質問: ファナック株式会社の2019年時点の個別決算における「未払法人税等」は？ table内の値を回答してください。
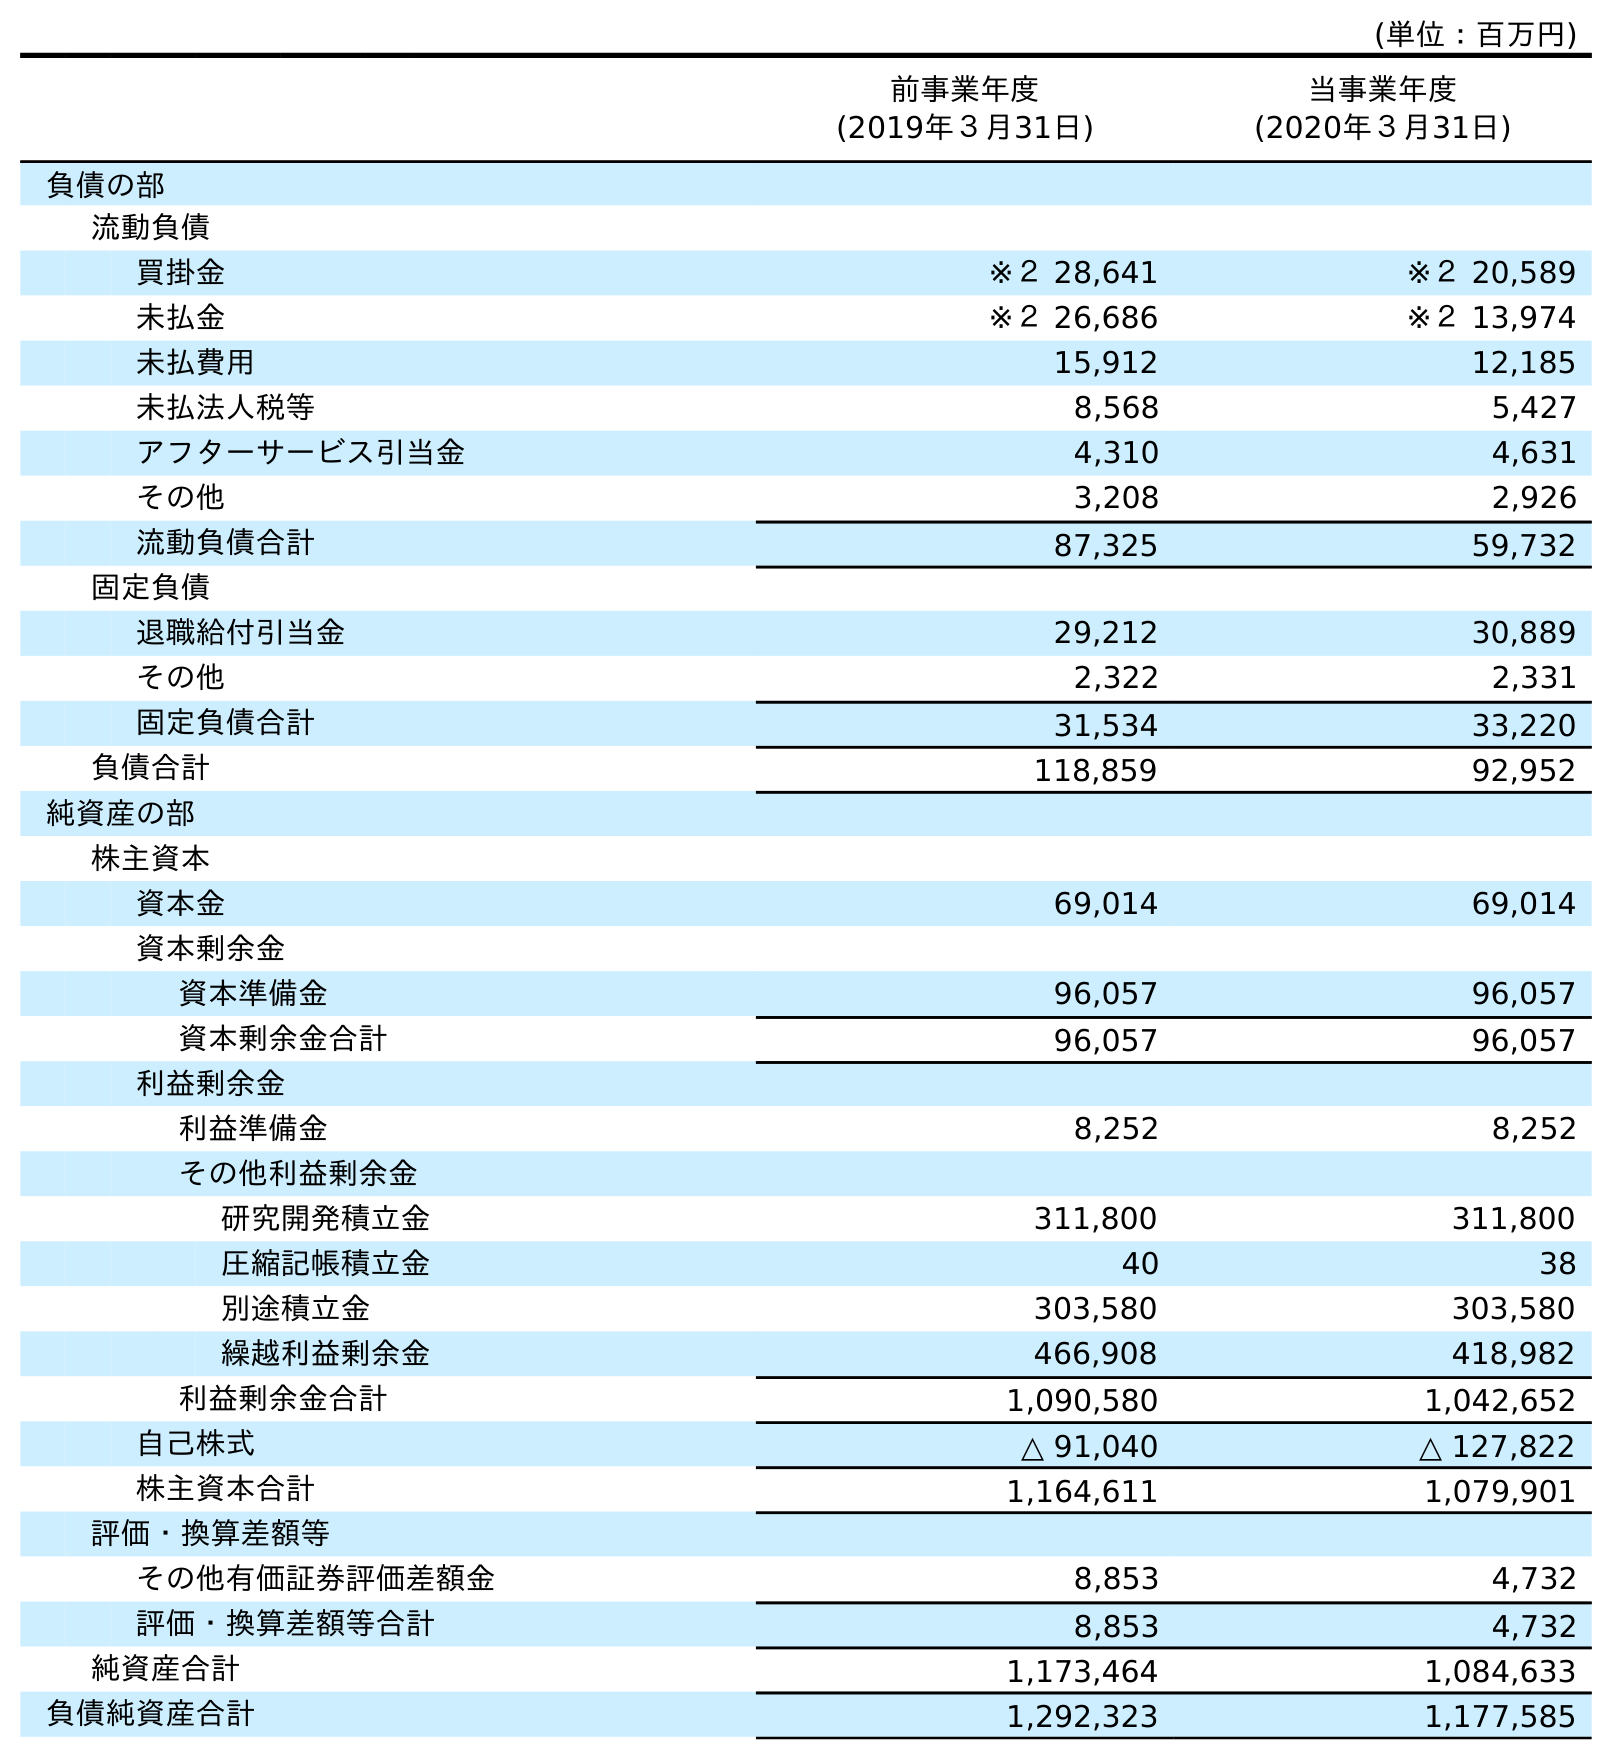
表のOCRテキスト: (単位：百万円) 前事業年度 (2019年３月31日) 当事業年度 (2020年３月31日) 負債の部 流動負債 買掛金 ※２ 28,641 ※２ 20,589 未払金 ※２ 26,686 ※２ 13,974 未払費用 15,912 12,185 未払法人税等 8,568 5,427 アフターサービス引当金 4,310 4,631 その他 3,208 2,926 流動負債合計 87,325 59,732 固定負債 退職給付引当金 29,212 30,889 その他 2,322 2,331 固定負債合計 31,534 33,220 負債合計 118,859 92,952 純資産の部 株主資本 資本金 69,014 69,014 資本剰余金 資本準備金 96,057 96,057 資本剰余金合計 96,057 96,057 利益剰余金 利益準備金 8,252 8,252 その他利益剰余金 研究開発積立金 311,800 311,800 圧縮記帳積立金 40 38 別途積立金 303,580 303,580 繰越利益剰余金 466,908 418,982 利益剰余金合計 1,090,580 1,042,652 自己株式 △ 91,040 △ 127,822 株主資本合計 1,164,611 1,079,901 評価・換算差額等 その他有価証券評価差額金 8,853 4,732 評価・換算差額等合計 8,853 4,732 純資産合計 1,173,464 1,084,633 負債純資産合計 1,292,323 1,177,585
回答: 8,568